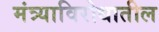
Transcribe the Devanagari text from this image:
मंत्र्याविरोधातील